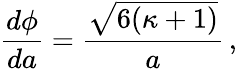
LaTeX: {\frac{d\phi}{da}}={\frac{\sqrt{6(\kappa+1)}}{a}}\, ,